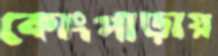
কোংপাড়ায়